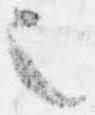
之